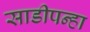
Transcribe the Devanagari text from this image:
साडीपन्हा